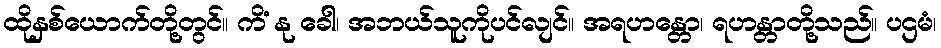
ထိုနှစ်ယောက်တို့တွင်။ ကိံ နု ခေါ၊ အဘယ်သူကိုပင်လျင်။ အရဟန္တော၊ ရဟန္တာတို့သည်။ ပဌမံ၊